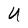
Character: U